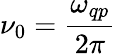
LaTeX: \nu_{0}=\frac{\omega_{qp}}{2\pi}